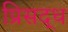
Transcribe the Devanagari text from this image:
प्रिसद्ध